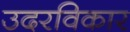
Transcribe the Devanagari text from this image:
उदरविकार